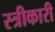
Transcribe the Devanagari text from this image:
स्त्रीकारी